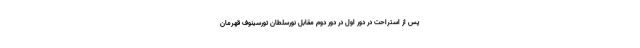
پس از استراحت در دور اول در دور دوم مقابل نورسلطان تورسینوف قهرمان